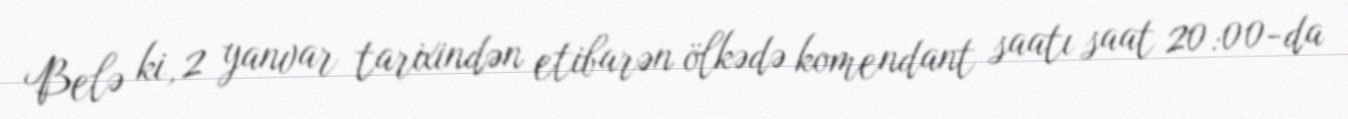
Belə ki, 2 yanvar tarixindən etibarən ölkədə komendant saatı saat 20:00-da